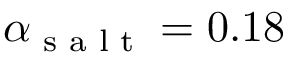
\alpha _ { \textrm { s a l t } } = 0 . 1 8